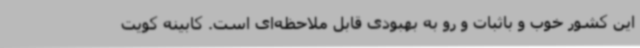
این کشور خوب و باثبات و رو به بهبودی قابل ملاحظه‌ای است. کابینه کویت